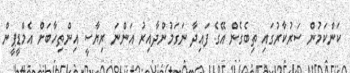
ކަންކަމުން ސަރުކާރުގައި ތިބެގެން އޭގެ ފައިދާ ނަގަމުންދާއިރު އަންނަ ރިޔާސީ އިންތިހާބަށް އެމްޑީޕީން